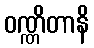
ဝဏ္ဏိတာနိ